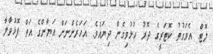
ލޮޓް. އެވަގުތު ކޮޓަރީގެ ދޮރު ހުޅުވިގެން ދިޔައެވެ. އަހަރެންނަށް އަޔާންގެ އަތް ފޮޅުވާލާ